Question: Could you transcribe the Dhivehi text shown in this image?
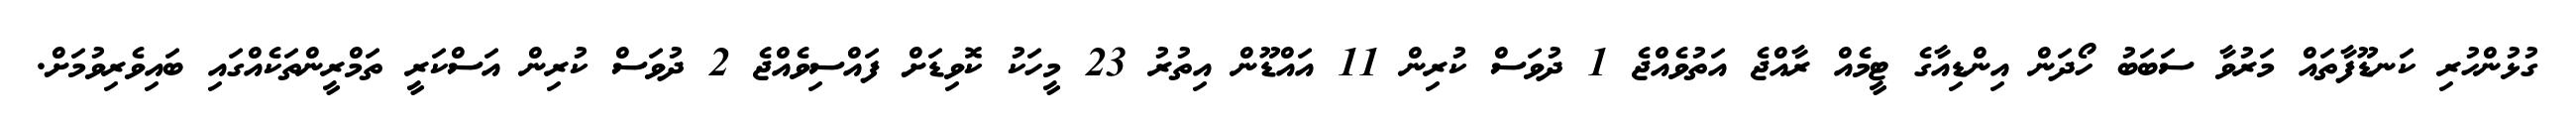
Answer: ގުޅުންހުރި ކަނޑޫފާތައް މަރުވާ ސަބަބު ހޯދަން އިންޑިއާގެ ޓީމެއް ރާއްޖެ އަތުވެއްޖެ 1 ދުވަސް ކުރިން 11 އައްޑޫން އިތުރު 23 މީހަކު ކޮވިޑަށް ފައްސިވެއްޖެ 2 ދުވަސް ކުރިން އަސްކަރީ ތަމްރީންތަކެއްގައި ބައިވެރިވުމަށް.